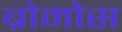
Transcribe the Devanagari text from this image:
ब्रोमोस